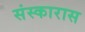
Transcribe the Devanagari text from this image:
संस्कारास